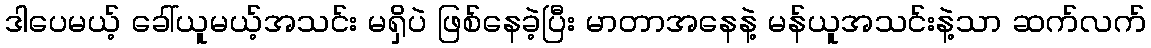
ဒါပေမယ့် ခေါ်ယူမယ့်အသင်း မရှိပဲ ဖြစ်နေခဲ့ပြီး မာတာအနေနဲ့ မန်ယူအသင်းနဲ့သာ ဆက်လက်